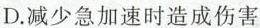
D.减少急加速时造成伤害